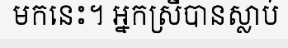
មកនេះ។ អ្នកស្រីបានស្លាប់